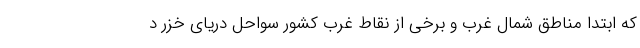
که ابتدا مناطق شمال غرب و برخی از نقاط غرب کشور سواحل دریای خزر د